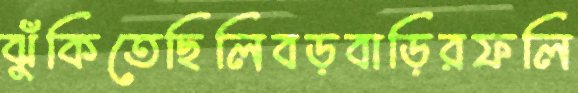
ঝুঁকিতেছিলিবড়বাড়িরফলি